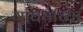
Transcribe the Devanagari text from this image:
गावयाच्या